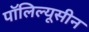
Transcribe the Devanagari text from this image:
पॉलिल्यूसीन